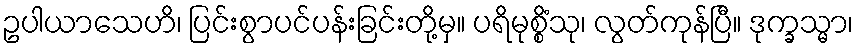
ဥပါယာသေဟိ၊ ပြင်းစွာပင်ပန်းခြင်းတို့မှ။ ပရိမုစ္စိံသု၊ လွတ်ကုန်ပြီ။ ဒုက္ခသ္မာ၊